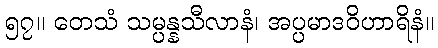
၅၇။ တေသံ သမ္ပန္နသီလာနံ၊ အပ္ပမာဒဝိဟာရိနံ။